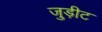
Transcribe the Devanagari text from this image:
जुड़ीट